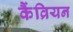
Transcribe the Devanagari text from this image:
कैंव्रियन